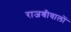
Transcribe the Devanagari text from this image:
राजश्रीवालों